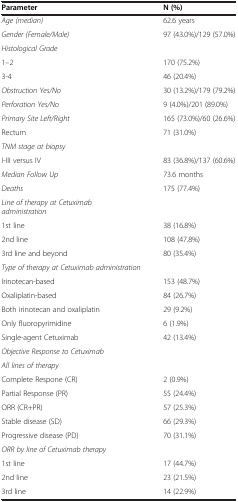
<table><thead><tr><td><b>Parameter</b></td><td><b>N (%)</b></td></tr></thead><tbody><tr><td><i>Age (median)</i></td><td>62.6 years</td></tr><tr><td><i>Gender (Female/Male)</i></td><td>97 (43.0%)/129 (57.0%)</td></tr><tr><td><i>Histological Grade</i></td><td> </td></tr><tr><td>1–2</td><td>170 (75.2%)</td></tr><tr><td>3-4</td><td>46 (20.4%)</td></tr><tr><td><i>Obstruction Yes/No</i></td><td>30 (13.2%)/179 (79.2%)</td></tr><tr><td><i>Perforation Yes/No</i></td><td>9 (4.0%)/201 (89.0%)</td></tr><tr><td><i>Primary Site Left/Right</i></td><td>165 (73.0%)/60 (26.6%)</td></tr><tr><td>Rectum</td><td>71 (31.0%)</td></tr><tr><td><i>TNM stage at biopsy</i></td><td> </td></tr><tr><td>I-III versus IV</td><td>83 (36.8%)/137 (60.6%)</td></tr><tr><td><i>Median Follow Up</i></td><td>73.6 months</td></tr><tr><td><i>Deaths</i></td><td>175 (77.4%)</td></tr><tr><td><i>Line of therapy at Cetuximab administration</i></td><td> </td></tr><tr><td>1st line</td><td>38 (16.8%)</td></tr><tr><td>2nd line</td><td>108 (47.8%)</td></tr><tr><td>3rd line and beyond</td><td>80 (35.4%)</td></tr><tr><td><i>Type of therapy at Cetuximab administration</i></td><td> </td></tr><tr><td>Irinotecan-based</td><td>153 (48.7%)</td></tr><tr><td>Oxaliplatin-based</td><td>84 (26.7%)</td></tr><tr><td>Both irinotecan and oxaliplatin</td><td>29 (9.2%)</td></tr><tr><td>Only fluoropyrimidine</td><td>6 (1.9%)</td></tr><tr><td>Single-agent Cetuximab</td><td>42 (13.4%)</td></tr><tr><td><i>Objective Response to Cetuximab</i></td><td> </td></tr><tr><td><i>All lines of therapy</i></td><td> </td></tr><tr><td>Complete Respone (CR)</td><td>2 (0.9%)</td></tr><tr><td>Partial Response (PR)</td><td>55 (24.4%)</td></tr><tr><td>ORR (CR+PR)</td><td>57 (25.3%)</td></tr><tr><td>Stable disease (SD)</td><td>66 (29.3%)</td></tr><tr><td>Progressive disease (PD)</td><td>70 (31.1%)</td></tr><tr><td><i>ORR by line of Cetuximab therapy</i></td><td> </td></tr><tr><td>1st line</td><td>17 (44.7%)</td></tr><tr><td>2nd line</td><td>23 (21.5%)</td></tr><tr><td>3rd line</td><td>14 (22.9%)</td></tr></tbody></table>